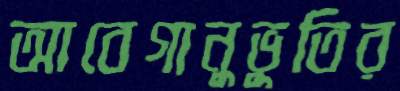
আবেগানুভূতির